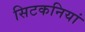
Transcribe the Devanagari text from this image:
सिटकनियां